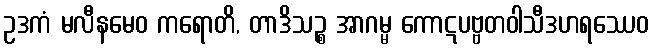
ဥဒကံ မလီနမေဝ ကရောတိ, တာဒိသဉ္စ အာဂမ္မ ကောဋပဗ္ဗတဝါသီဒဟရဿေဝ